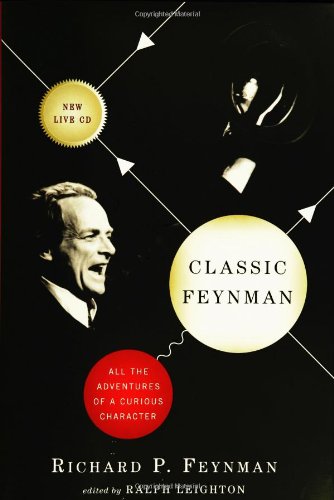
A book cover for Classic Feynman: All the Adventures of a Curious Character; Richard P. Feynman; Science & Math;